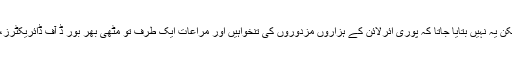
ہمیشہ قومی ائرلائن پر الزام لگایا جاتا ہے کہ اخراجات بہت زیادہ ہیں لیکن یہ نہیں بتایا جاتا کہ پوری ائرلائن کے ہزاروں مزدوروں کی تنخواہیں اور مراعات ایک طرف تو مٹھی بھر بور ڈ آف ڈائریکٹرز، چیف ایگزیکٹیو، اسٹیشن چیف اور انتظامیہ کی مراعات دوسری طرف!